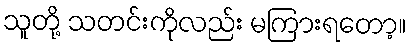
သူတို့ သတင်းကိုလည်း မကြားရတော့။